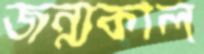
জন্মকাল